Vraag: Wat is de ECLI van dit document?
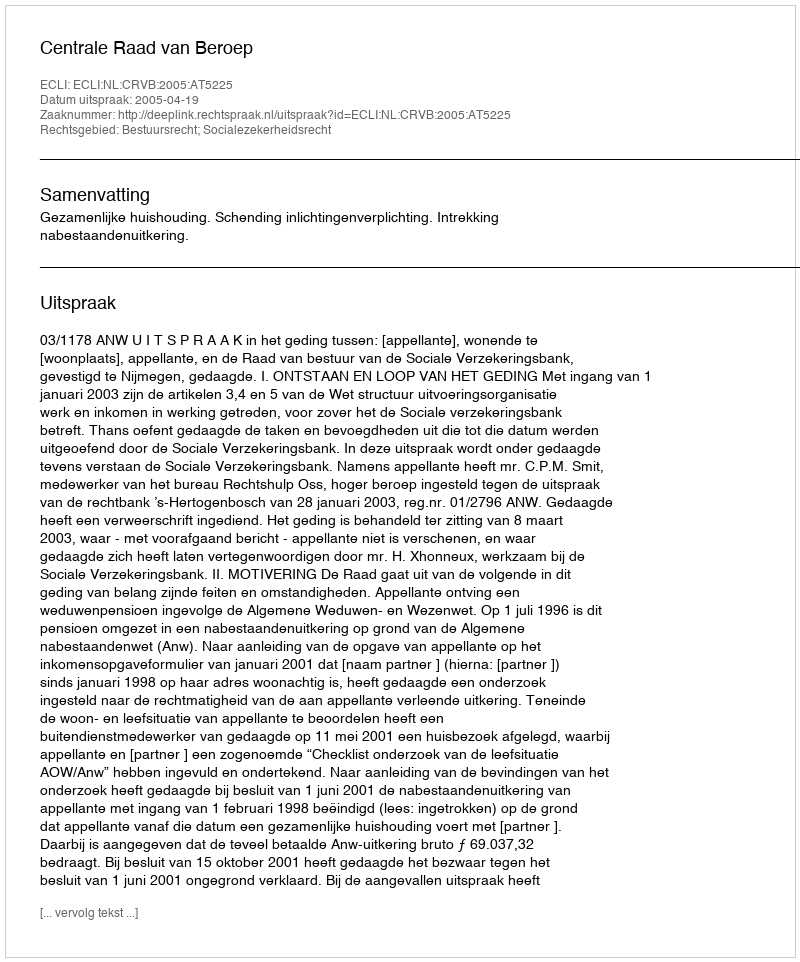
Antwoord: ECLI:NL:CRVB:2005:AT5225